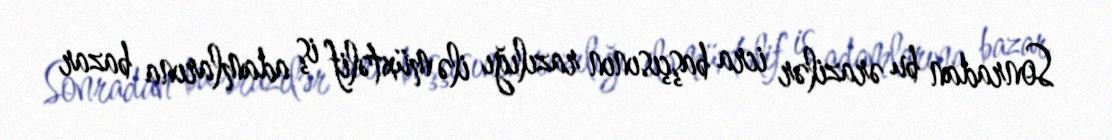
Sonradan bu ərazilər icra başçısının razılığı ilə müxtəlif iş adamlarına bazar